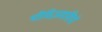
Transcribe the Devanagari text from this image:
थीविज़वासियों